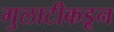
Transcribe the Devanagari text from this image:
गुलाटीकडून